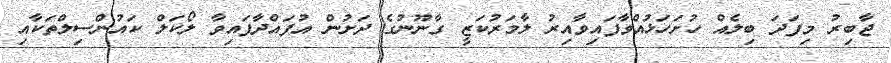
ޖާބިރު މިފަދަ ބިލެއް ހުށަހަޅުއްވާފައިވާއިރު ލާމަރުކަޒީ ގާނޫނުގެ ދަށުން އުފައްދާފައިވާ ލޯކަލް ކައުންސިލްތަކާއި